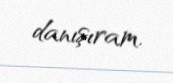
danışıram.